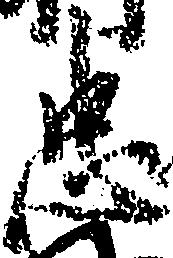
忠